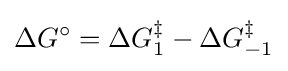
\Delta G^{\circ }=\Delta G_{1}^{\ddagger }-\Delta G_{-1}^{\ddagger }